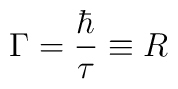
\Gamma = \frac{\hbar}{\tau} \equiv R